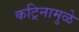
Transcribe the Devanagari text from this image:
कट्रिनामुळे